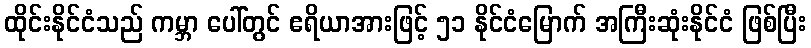
ထိုင်းနိုင်ငံသည် ကမ္ဘာ ပေါ်တွင် ဧရိယာအားဖြင့် ၅၁ နိုင်ငံမြောက် အကြီးဆုံးနိုင်ငံ ဖြစ်ပြီး